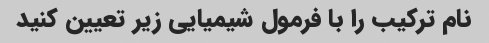
نام ترکیب را با فرمول شیمیایی زیر تعیین کنید